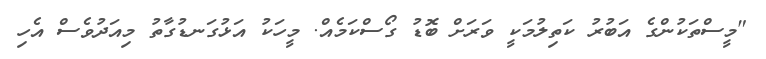
"މީސްތަކުންގެ އަބުރު ކަތިލުމަކީ ވަރަށް ބޮޑު ގޯސްކަމެއް. މީހަކު އަޅުގަނޑުގާތު މިއަދުވެސް އެހި